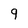
Character: 9